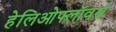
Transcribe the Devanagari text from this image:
हेलिओफ्लॉवर्स